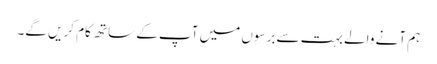
ہم آنے والے بہت سے برسوں میں آپ کے ساتھ کام کریں گے۔